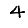
Digit: 4